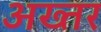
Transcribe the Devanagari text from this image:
अख्‍तर